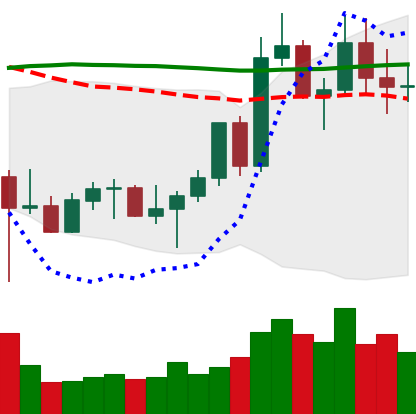
Ticker: LTC-USD
Chart end date: 2022-11-01
Forward return: 23.507%
Label: up_7plus